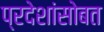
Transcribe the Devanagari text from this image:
प्रदेशांसोबत